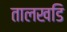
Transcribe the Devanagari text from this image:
तालखडि